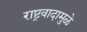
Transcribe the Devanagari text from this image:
राष्ट्रवादामुळे